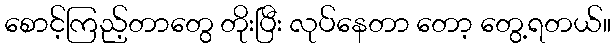
စောင့်ကြည့်တာတွေ တိုးပြီး လုပ်နေတာ တော့ တွေ့ရတယ်။